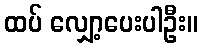
ထပ် လျှော့ပေးပါဦး။